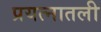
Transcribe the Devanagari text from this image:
प्रयत्नातली